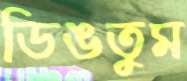
ডিঙতুম